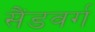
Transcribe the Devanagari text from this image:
सैंडवर्ग